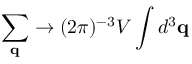
\sum _ { { \bf q } } \to ( 2 \pi ) ^ { - 3 } V \int d ^ { 3 } { \bf q }